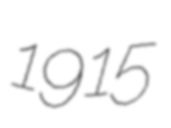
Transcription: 1915